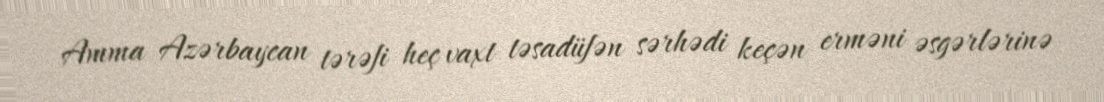
Amma Azərbaycan tərəfi heç vaxt təsadüfən sərhədi keçən erməni əsgərlərinə